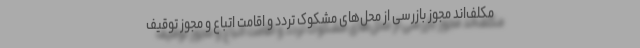
مکلف‌اند مجوز بازرسی از محل‌های مشکوک تردد و اقامت اتباع و مجوز توقیف